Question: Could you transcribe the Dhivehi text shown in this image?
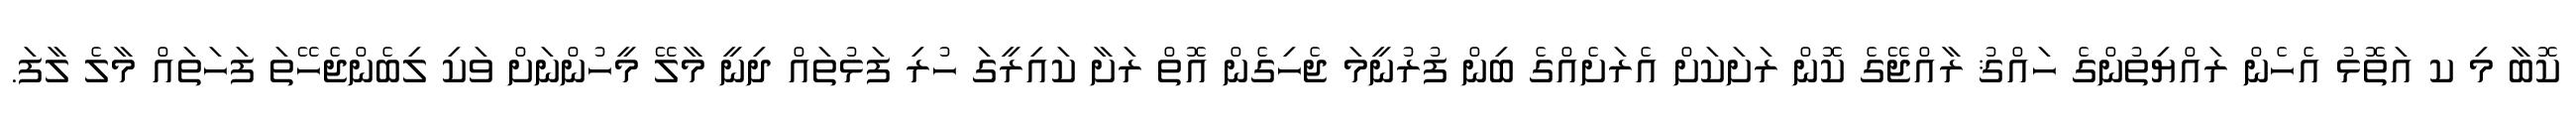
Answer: ކޮބާ މި ކ އަތޮޅު އެހެން ރައްޔިތުންގެ ހައްޤު ރާއްޖޭގެ ކޮން ރަށަކަށް އެރަށެއްގެ ބިން ފުރުނީމަ ޖެހިގެން އޮތް ރަށާ ކައިރީގަ ހުރި ފަޅުތައް ދިނީ މާލޭ މީހުންނަށް ވަކި ލިބެންޖެހޭތަ ފަހަތައް މާލެ ލާފަ.